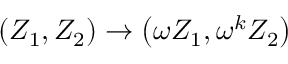
\left( Z _ { 1 } , Z _ { 2 } \right) \rightarrow \left( \omega Z _ { 1 } , \omega ^ { k } Z _ { 2 } \right)